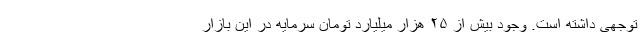
توجهی داشته است. وجود بیش از ۲۵ هزار میلیارد تومان سرمایه در این بازار